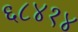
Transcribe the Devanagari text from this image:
६८४१४